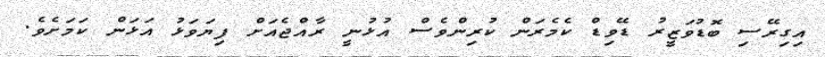
އިގިރޭސި ބޮޑުވަޒީރު ޑޭވިޑް ކެމެރަން ކުރިންވެސް އުޅުނީ ރާއްޖެއަށް ފިޔަވަޅު އަޅަން ކަމަށެވެ.